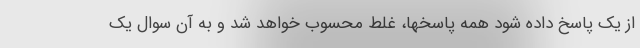
از یک پاسخ داده شود همه پاسخها، غلط محسوب خواهد شد و به آن سوال یک